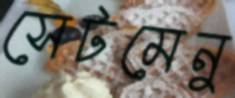
সেটমেনু